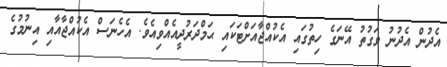
އެދުން އެދުނު ވަގުތު އޭނަގެ ހިތުގައި އެކުއްޖާއަށްޓަކައި ޙަމްދަރުދީއެއްވިއެވެ. އެހެނަސް އެކުއްޖާއާއި އިނުމުގެ